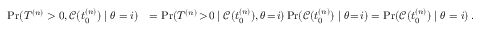
\begin{array} { r l } { \operatorname* { P r } ( T ^ { ( n ) } > 0 , \mathcal { C } ( t _ { 0 } ^ { ( n ) } ) \mid \theta = i ) } & { = \operatorname* { P r } ( T ^ { ( n ) } \! > \! 0 \mid \mathcal { C } ( t _ { 0 } ^ { ( n ) } ) , \theta \! = \! i ) \operatorname* { P r } ( \mathcal { C } ( t _ { 0 } ^ { ( n ) } ) \mid \theta \! = \! i ) = \operatorname* { P r } ( \mathcal { C } ( t _ { 0 } ^ { ( n ) } ) \mid \theta = i ) \, . } \end{array}